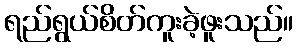
ရည်ရွယ်စိတ်ကူးခဲ့ဖူးသည်။